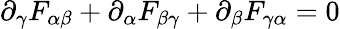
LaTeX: \partial_{\gamma}F_{\alpha\beta}+\partial_{\alpha}F_{\beta\gamma}+\partial_{\beta}F_{\gamma\alpha}=0